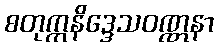
စတုက္ကနိဒ္ဒေသဝဏ္ဏနာ